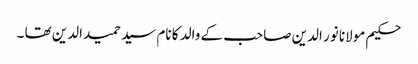
حکیم مولانا نور الدین صاحب کے والد کا نام سید حمید الدین تھا ۔